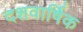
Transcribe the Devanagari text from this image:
दशवार्षिक